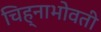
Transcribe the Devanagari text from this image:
चिह्नाभोवती